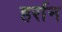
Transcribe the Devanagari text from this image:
हर्रान